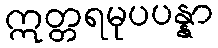
ဣတ္တရမုပပန္နာ